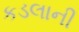
કડલાની